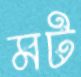
মট